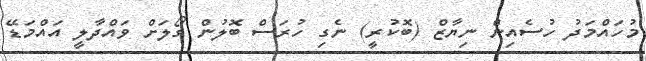
މުހައްމަދު ހުސެއިން ނިޔާޒް (ބޮކުރީ) ނެގި ހުރަސް ބޮލުން ގޯލަށް ވައްދާލީ އައްމަޑޭ